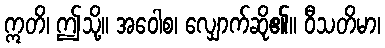
ဣတိ၊ ဤသို့။ အဝေါစ၊ လျှောက်ဆို၏။ ဝီသတိမာ၊